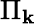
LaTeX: \Pi_{\mathbf{k}}